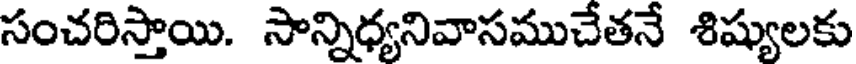
సంచరిస్తాయి. సాన్నిధ్యనివాసముచేతనే శిష్యులకు